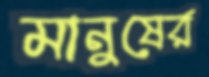
মানুষের্র